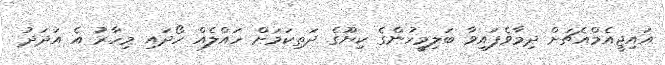
އައިޖީއެމްއެޗަށް ދިމާވެފައިވާ ބަލިމީހުންގެ ކިޔޫގެ ދަތިކަމަށް ހައްލެއް ހޯދައި މިހާރު އެ އަދަދު